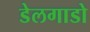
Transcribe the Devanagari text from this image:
डेलगाडो